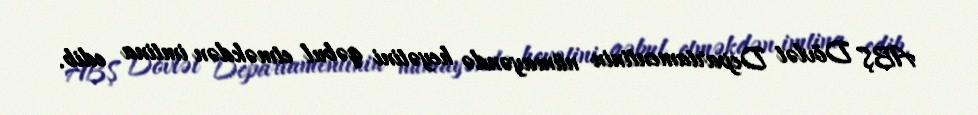
ABŞ Dövlət Departamentinin nümayəndə heyətini qəbul etməkdən imtina edib.